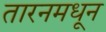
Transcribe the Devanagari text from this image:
तारनमधून